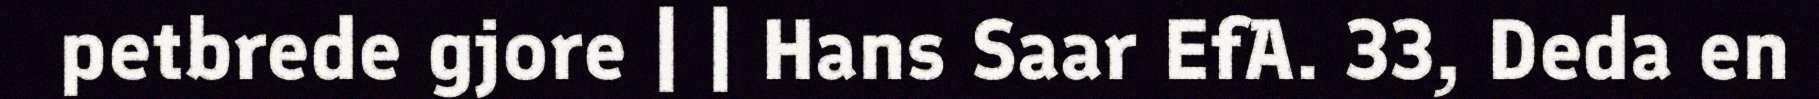
petbrede gjore | | Hans Saar EfA. 33, Deda en